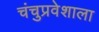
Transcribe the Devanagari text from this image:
चंचुप्रवेशाला